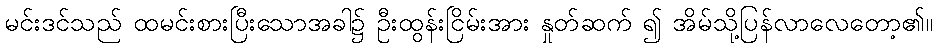
မင်းဒင်သည် ထမင်းစားပြီးသောအခါ၌ ဦးထွန်းငြိမ်းအား နှုတ်ဆက် ၍ အိမ်သို့ပြန်လာလေတော့၏။